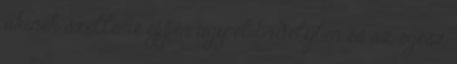
akinek szelleme éppen úgy él Erdélyben és az egész